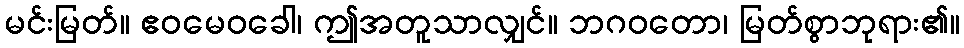
မင်းမြတ်။ ဧဝမေဝခေါ၊ ဤအတူသာလျှင်။ ဘဂဝတော၊ မြတ်စွာဘုရား၏။